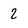
Character: 2